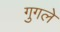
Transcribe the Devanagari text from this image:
गुगले